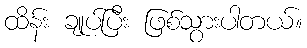
ထိန်း ချုပ်ပြီး ဖြစ်သွားပါတယ်။